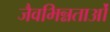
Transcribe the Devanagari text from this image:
जैवभिन्नताओं